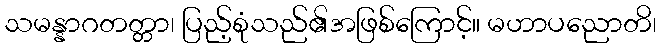
သမန္နာဂတတ္တာ၊ ပြည့်စုံသည်၏အဖြစ်ကြောင့်။ မဟာပညောတိ၊